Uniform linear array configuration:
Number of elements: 64
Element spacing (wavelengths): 0.25
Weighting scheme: blackman
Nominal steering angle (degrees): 30
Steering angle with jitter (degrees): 29.013
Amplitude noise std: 0.05
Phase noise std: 0.05

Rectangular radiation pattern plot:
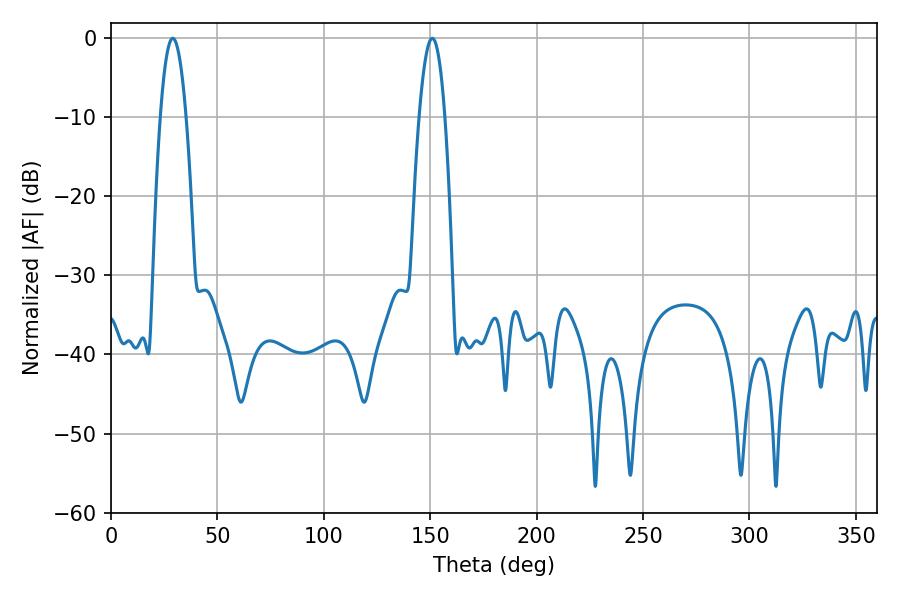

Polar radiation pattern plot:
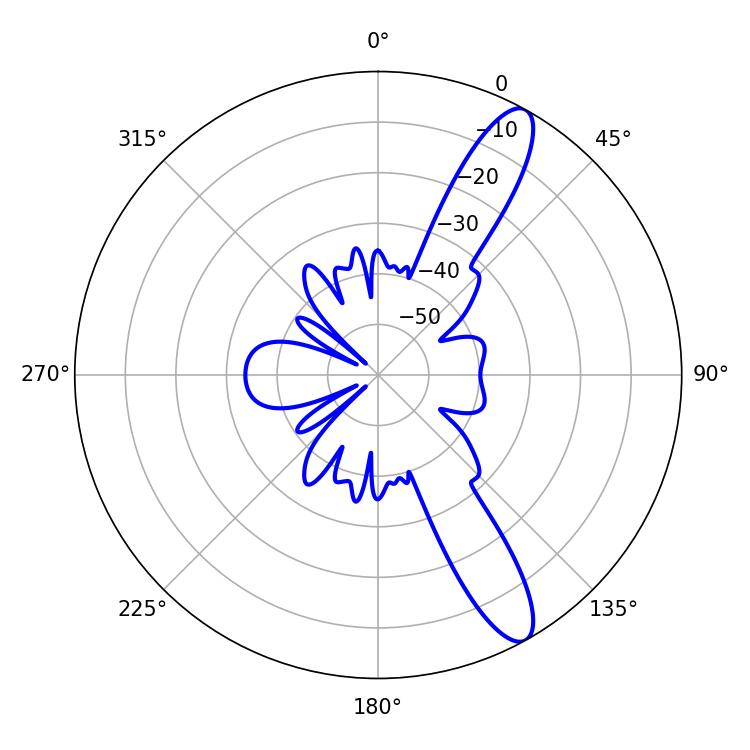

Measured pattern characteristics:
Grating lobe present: FALSE
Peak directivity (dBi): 12.149
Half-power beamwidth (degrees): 6.66
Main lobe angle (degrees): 28.98